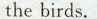
the birds.